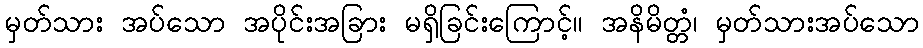
မှတ်သား အပ်သော အပိုင်းအခြား မရှိခြင်းကြောင့်။ အနိမိတ္တံ၊ မှတ်သားအပ်သော